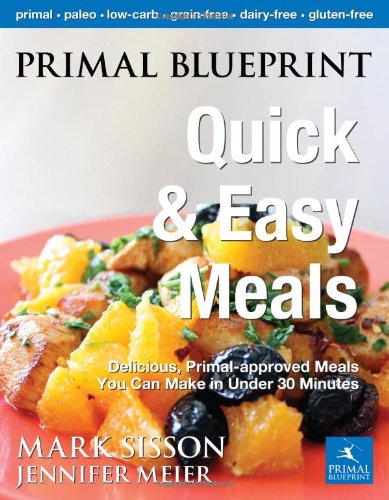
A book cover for Primal Blueprint Quick and Easy Meals: Delicious, Primal-approved meals you can make in under 30 minutes (Primal Blueprint Series); Jennifer Meier; Cookbooks, Food & Wine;